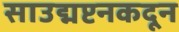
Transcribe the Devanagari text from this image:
साउद्मप्टनकदून